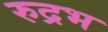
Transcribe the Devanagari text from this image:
रुद्रभ